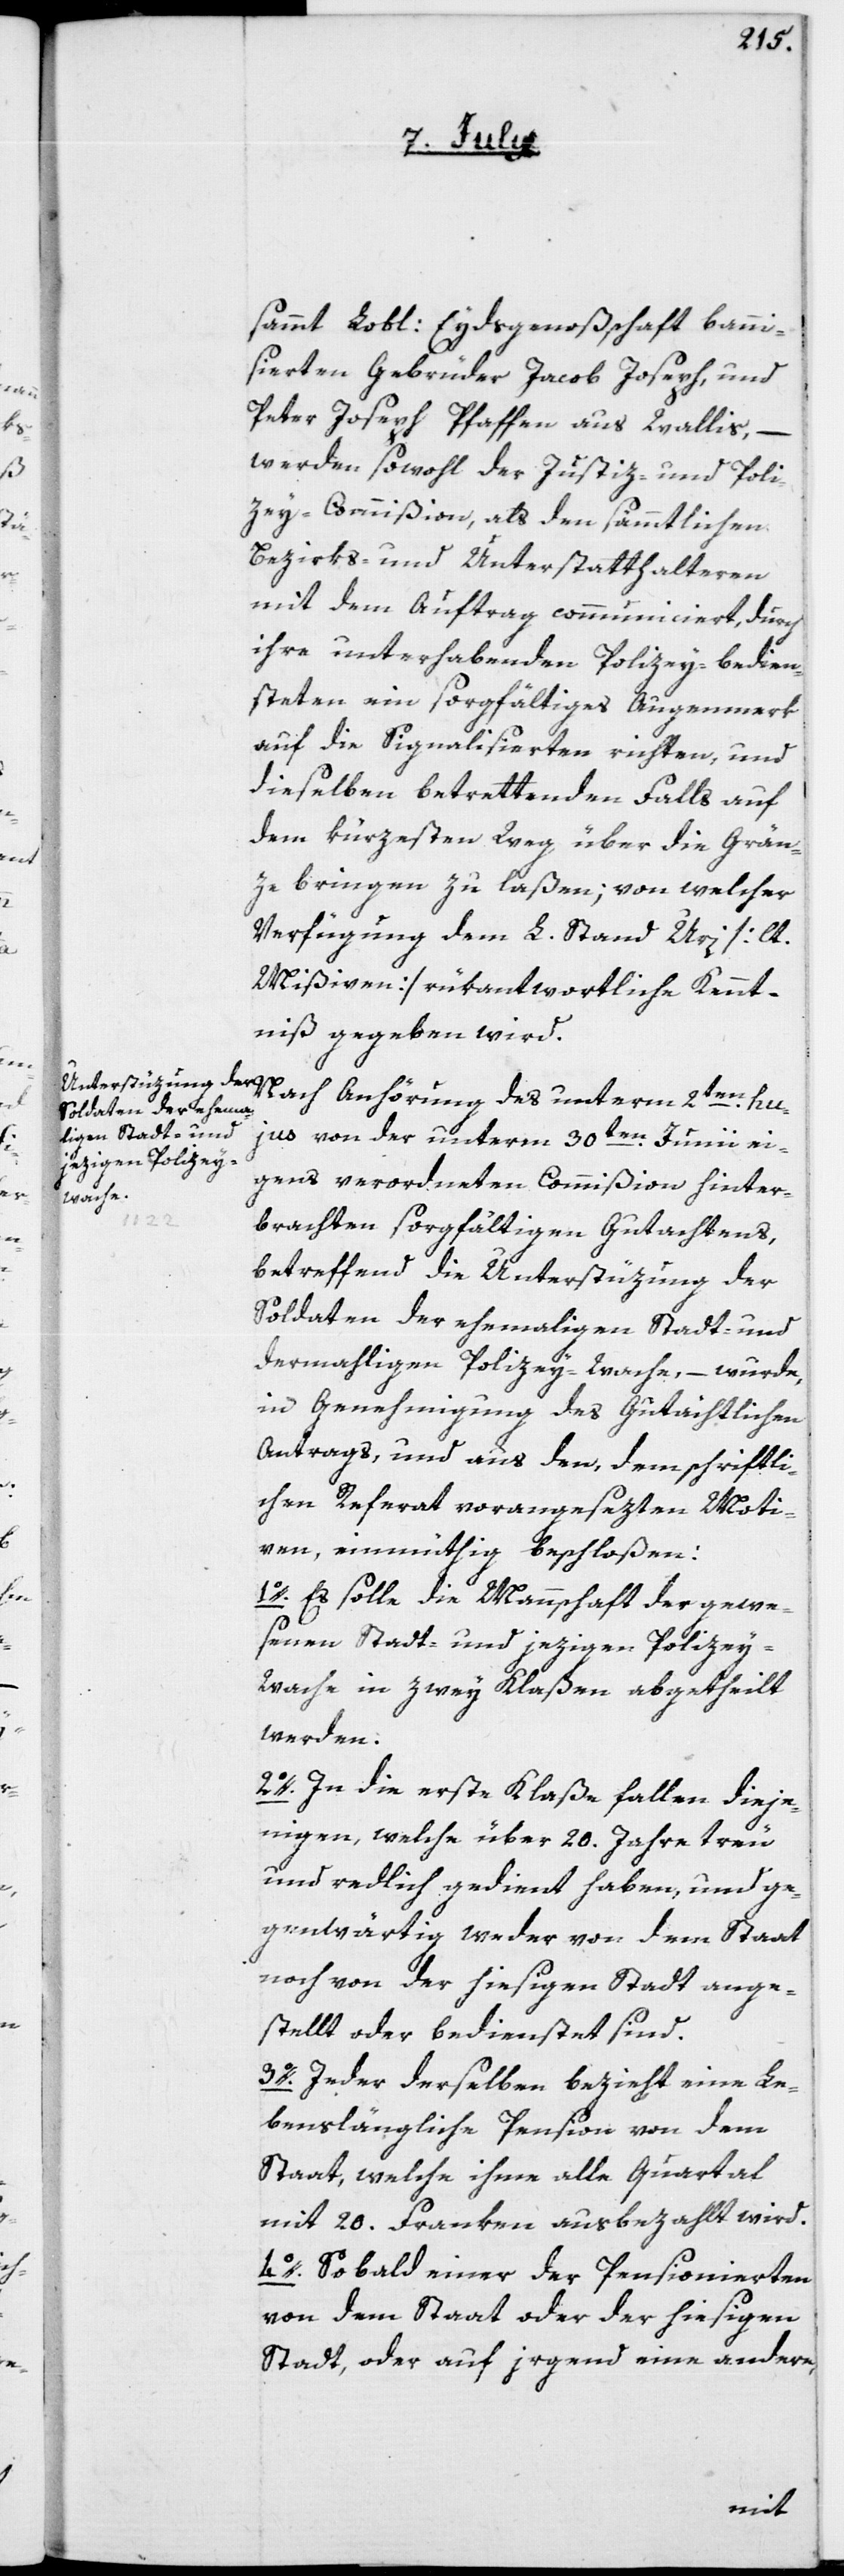
sammt Lobl: Eydsgenoßenschaft banni¬
sierten Gebrüder Jacob Joseph und
Peter Joseph Pfaffen aus Wallis,
werden sowohl der Justiz- und Poli¬
zey-Commißion, als den sämmtlichen
Bezirks- und Unterstatthalteren
mit dem Auftrag communiciert, durch
ihre unterhabenden Polizey-bedien¬
steten ein sorgfältiges Augenmerk
auf die Signalisierten richten, und
dieselben betrettenden Falls auf
dem kürzesten Weg über die Gren¬
ze bringen zu laßen; von welcher
Verfügung dem L. Stand Uri [lt.
Mißiven] rükantwortliche Kennt¬
niß gegeben wird.
Nach Anhörung des unterm 2ten hu¬
jus von der unterm 30ten Junii ei¬
gens verordneten Commißion hinter¬
brachten sorgfältigen Gutachtens,
betreffend die Unterstüzung der
Soldaten der ehemaligen Stadt- und
dermahligen Polizey-Wache, – wurde
in Genehmigung des gutächtlichen
Antrags und aus den, dem schriftli¬
chen Referat vorangesezten Moti¬
ven, einmüthig beschloßen:
1o. Es solle die Mannschaft der gewe¬
senen Stadt- und jezigen Polizey-W¬
ache in zwey Klaßen abgetheilt
werden.
2o. In die erste Klaße fallen dieje¬
nigen, welche über 20. Jahre treu
und redlich gedient haben, und ge¬
genwärtig weder von dem Staat
noch von der hiesigen Stadt ange¬
stellt oder bedienstet sind.
3o. Jeder derselben bezieht eine Le¬
benslängliche Pension von dem
Staat, welche ihme alle Quartal
mit 20. Franken ausbezahlt wird.
4o. Sobald einer der Pensionierten
von dem Staat oder der hiesigen
Stadt, oder auf irgend eine andere,